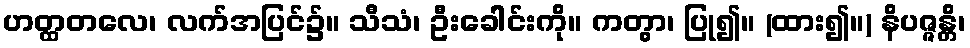
ဟတ္ထတလေ၊ လက်အပြင်၌။ သီသံ၊ ဦးခေါင်းကို။ ကတွာ၊ ပြု၍။ (ထား၍။) နိပဇ္ဇန္တိ၊